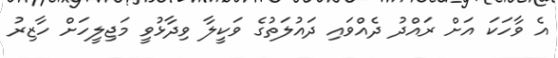
އެ ވާހަކަ އަށް ރައްދު ދެއްވައި ދައުލަތުގެ ވަކީލާ ވިދާޅުވީ މަޖިލީހަށް ހާޒިރު